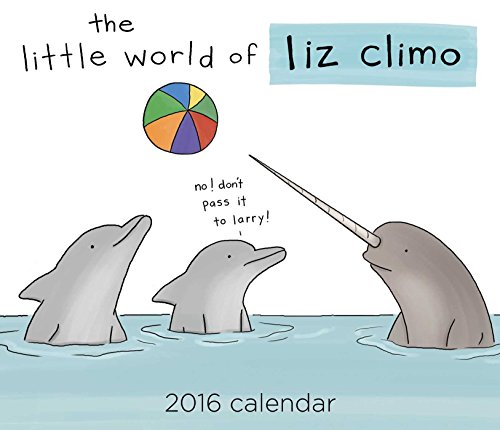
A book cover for The Little World of Liz Climo 2016 Day-to-Day Calendar; Liz Climo; Calendars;